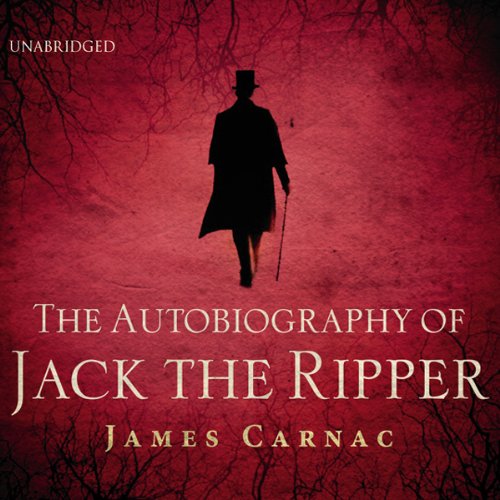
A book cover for The Autobiography of Jack the Ripper; James Carnac; Biographies & Memoirs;